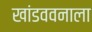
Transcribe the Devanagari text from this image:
खांडववनाला